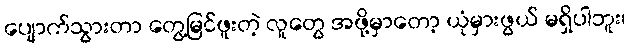
ပျောက်သွားတာ တွေ့မြင်ဖူးတဲ့ လူတွေ အဖို့မှာတော့ ယုံမှားဖွယ် မရှိပါဘူး၊